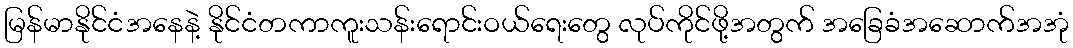
မြန်မာနိုင်ငံအနေနဲ့ နိုင်ငံတကာကူးသန်းရောင်းဝယ်ရေးတွေ လုပ်ကိုင်ဖို့အတွက် အခြေခံအဆောက်အအုံ